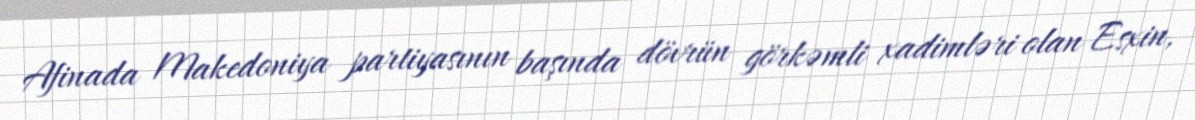
Afinada Makedoniya partiyasının başında dövrün görkəmli xadimləri olan Esxin,